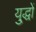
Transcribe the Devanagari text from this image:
यु्द्धों